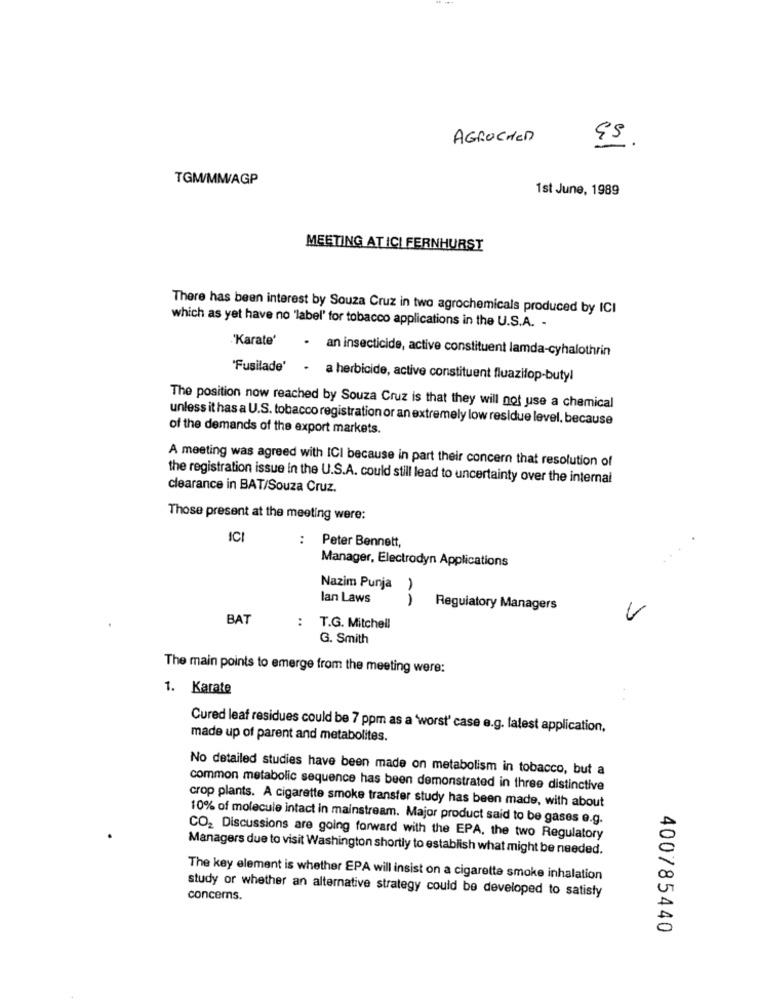
AGROCHED
TGMW/MM/AGP
1st June, 1989
MEETING AT ICI FERNHURST
There has been interest by Souza Cruz in two agrochemicals produced by ICI
which as yet have no 'label' for tobacco applications in the U.S.A. -
'Karate'
. an insecticide, active constituent lamda-cyhalothrin
"Fusilade'
. a herbicide, active constituent fluazifop-butyl
The position now reached by Souza Cruz is that they will not use a chemical
unless it has a U.S. tobacco registration or an extremely low residue level, because
of the demands of the export markets.
A meeting was agreed with ICI because in part their concern that resolution of
the registration issue in the U.S.A. could still lead to uncertainty over the internal
clearance in BAT/Souza Cruz.
Those present at the meeting were:
ICI
: Peter Bennett,
..
Manager, Electrodyn Applications
Nazim Punja )
lan Laws
1
Regulatory Managers
BAT
:
T.G. Mitchell
G. Smith
The main points to emerge from the meeting were:
1. Karate
Cured leaf residues could be 7 ppm as a 'worst" case e.g. latest application,
made up of parent and metabolites.
No detailed studies have been made on metabolism in tobacco, but a
common metabolic sequence has been demonstrated in three distinctive
crop plants. A cigarette smoke transfer study has been made, with about
10% of molecule intact in mainstream. Major product said to be gases e.g.
CO2 Discussions are going forward with the EPA, the two Regulatory
Managers due to visit Washington shortly to establish what might be needed.
The key element is whether EPA will insist on a cigarette smoke inhalation
study or whether an alternative strategy could be developed to satisfy
concerns.
400785440